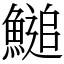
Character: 𩺬